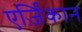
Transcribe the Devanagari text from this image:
एर्ज़िंकान